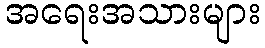
အရေးအသားများ